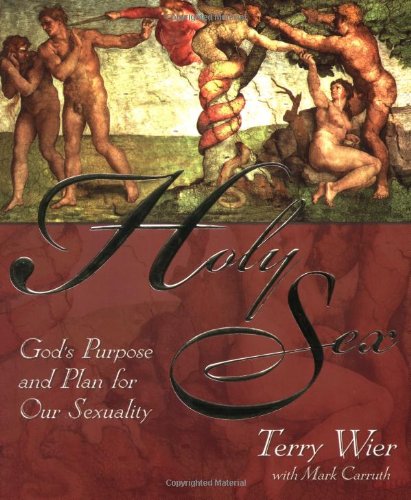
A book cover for Holy Sex; Terry Wier; Christian Books & Bibles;